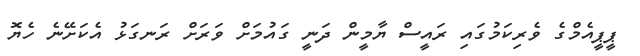
ޕީޕީއެމްގެ ވެރިކަމުގައި ރައީސް ޔާމީން ދަނީ ގައުމަށް ވަރަށް ރަނގަޅު އެކަށޭނެ ހެޔޮ